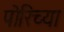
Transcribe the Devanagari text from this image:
पोरिच्या